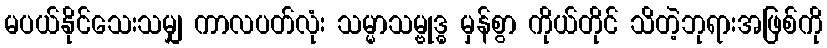
မပယ်နိုင်သေးသမျှ ကာလပတ်လုံး သမ္မာသမ္ဗုဒ္ဓ မှန်စွာ ကိုယ်တိုင် သိတဲ့ဘုရားအဖြစ်ကို